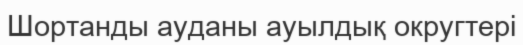
Шортанды ауданы ауылдық округтері